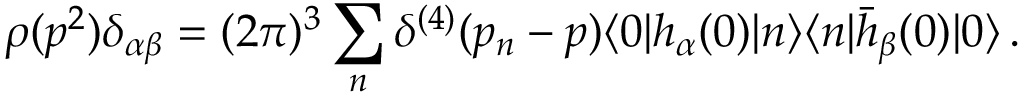
\rho ( p ^ { 2 } ) \delta _ { \alpha \beta } = ( 2 \pi ) ^ { 3 } \sum _ { n } \delta ^ { ( 4 ) } ( p _ { n } - p ) \langle 0 | h _ { \alpha } ( 0 ) | n \rangle \langle n | \bar { h } _ { \beta } ( 0 ) | 0 \rangle \, .